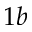
1 b